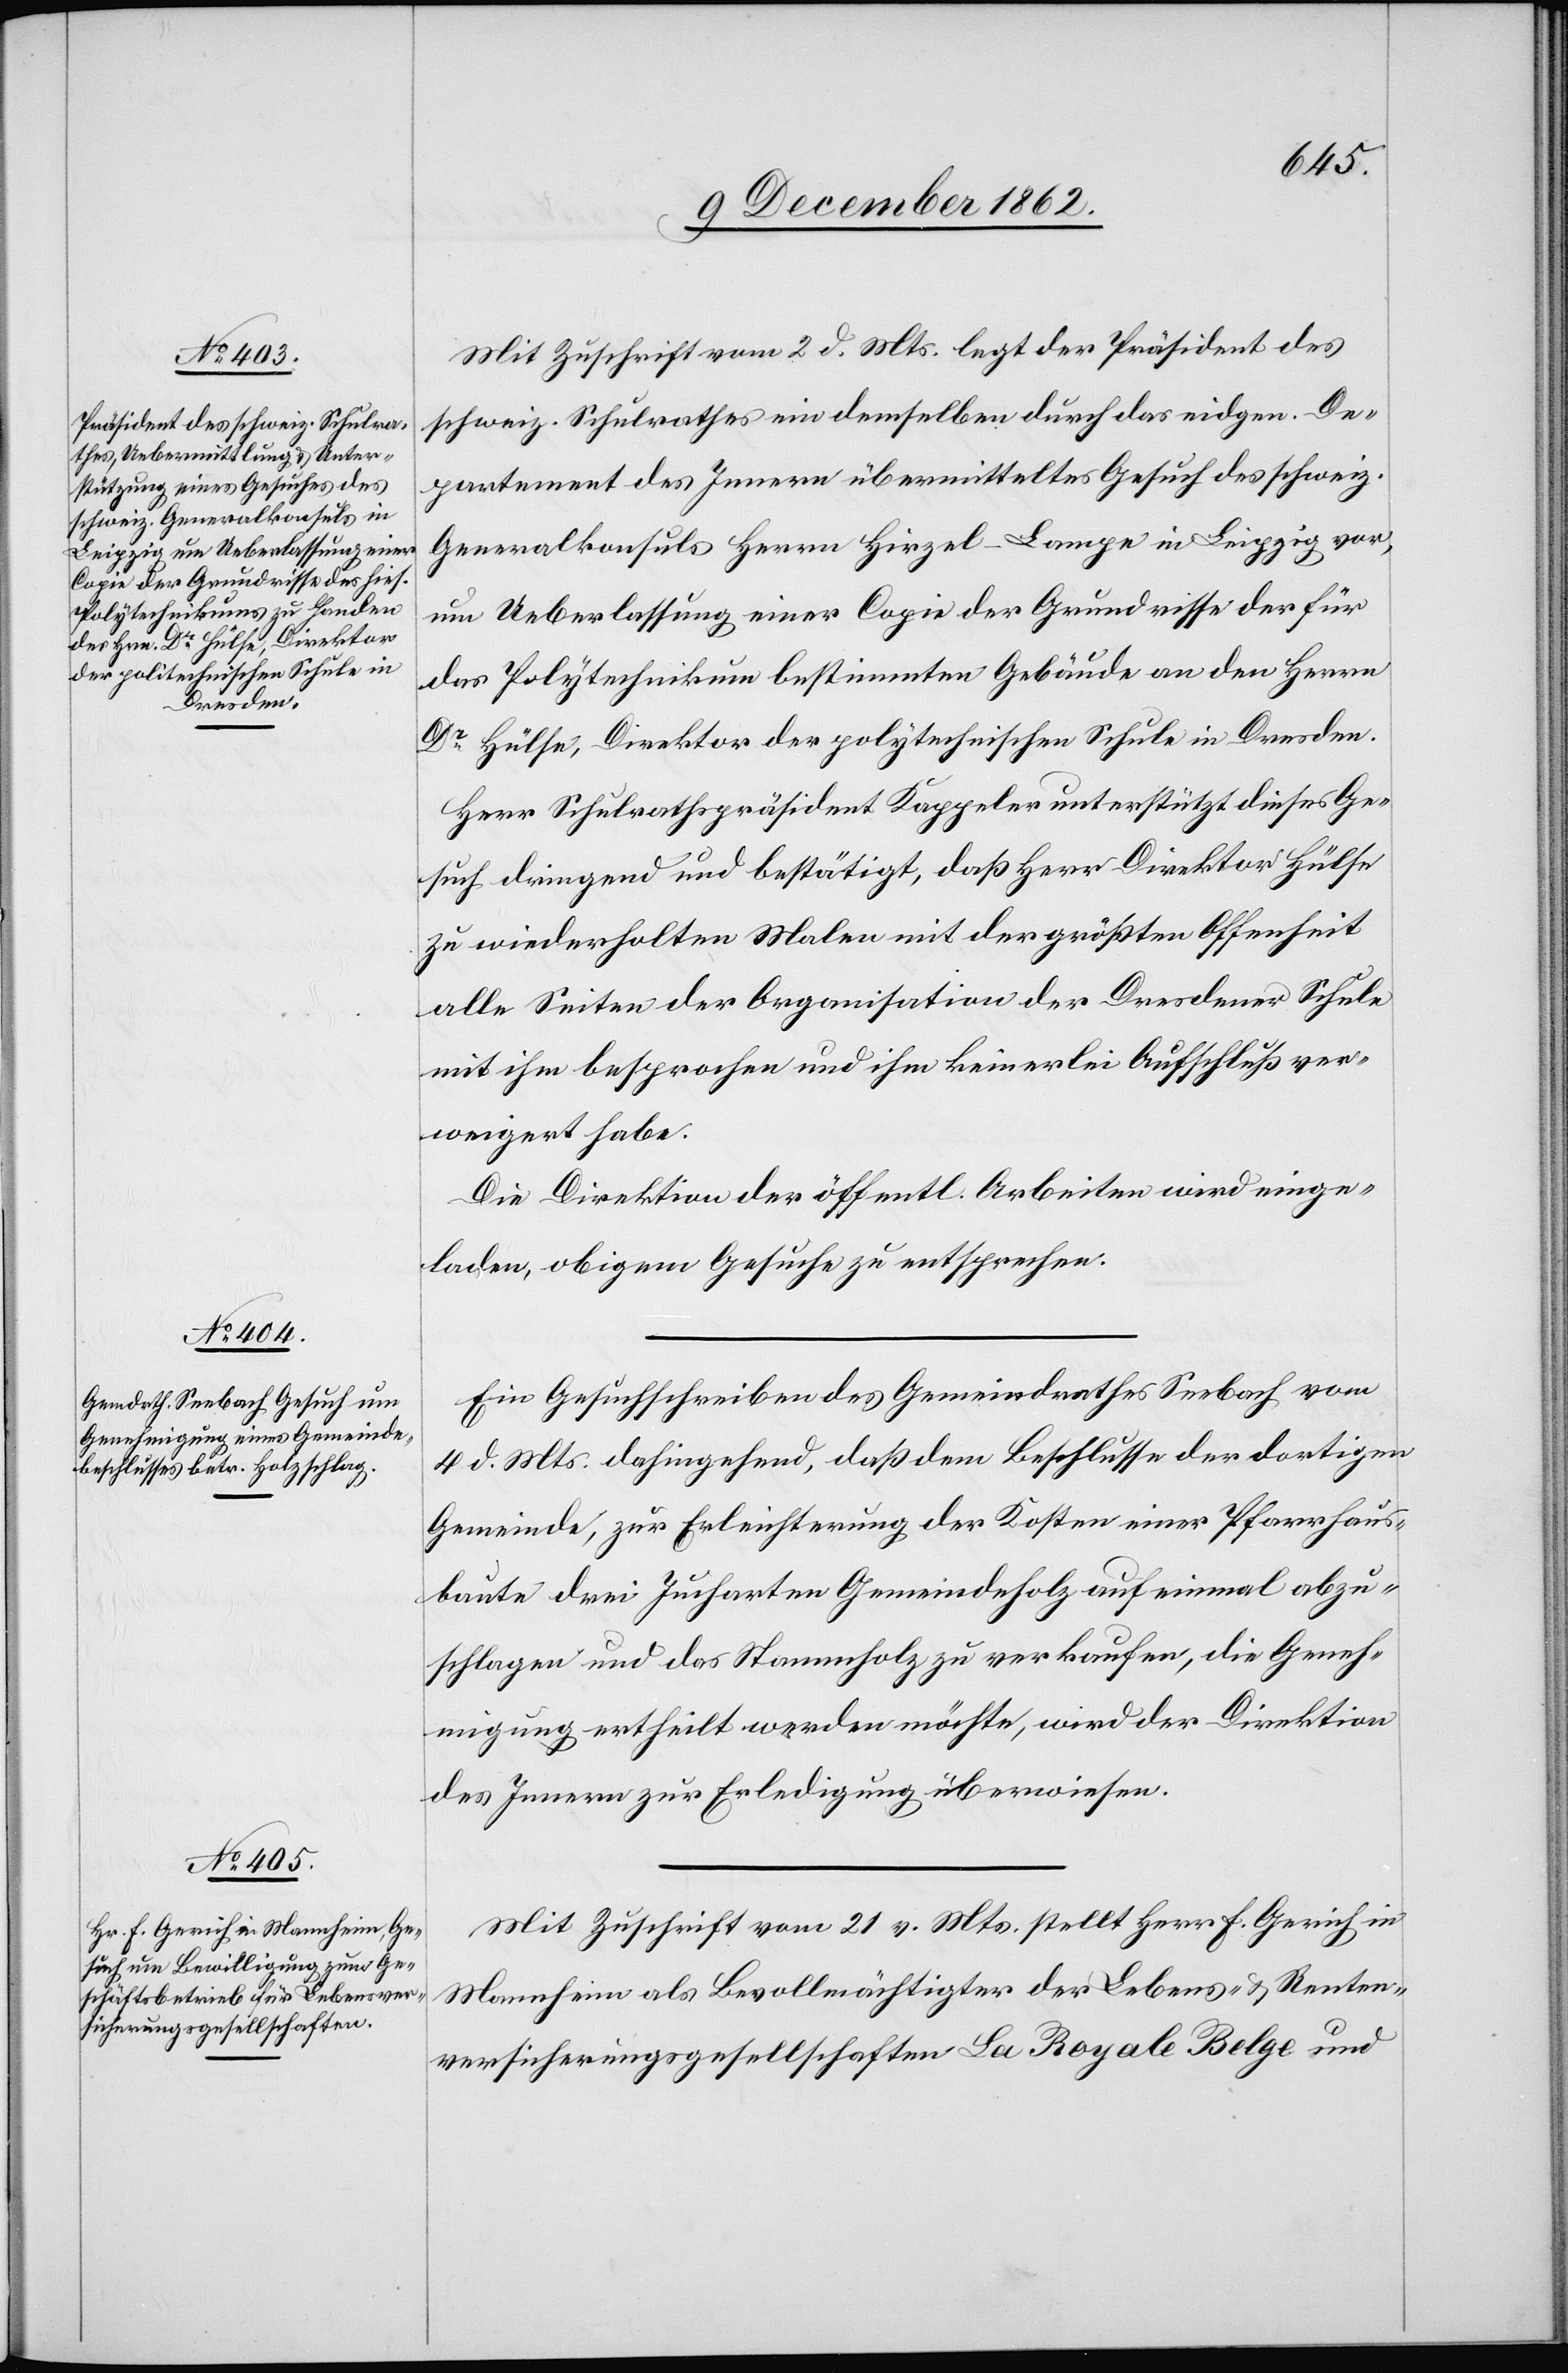
Mit Zuschrift vom 2. d. Mts. legt der Präsident des
schweiz. Schulrathes ein demselben durch das eidgen. De¬
partement des Innern übermitteltes Gesuch des schweiz.
Generalkonsuls Herrn Hirzel-Lampe in Leipzig vor,
um Ueberlassung einer Copie der Grundrisse der für
das Polytechnikum bestimmten Gebäude an den Herrn
Dr Hülfe, Direktor der polytechnischen Schule in Dresden.
Herr Schulrathspräsident Kappeler unterstützt dieses Ge¬
such dringend und bestätigt, daß Herr Direktor Hülfe
zu wiederholten Malen mit der größten Offenheit
alle Seiten der Organisation der Dresdener Schule
mit ihm besprochen und ihm keinerlei Aufschluß ver¬
weigert habe.
Die Direktion der öffentl. Arbeiten wird einge¬
laden, obigem Gesuche zu entsprechen.
Ein Gesuchschreiben des Gemeindrathes Seebach vom
4. d. Mts. dahingehend, daß dem Beschlusse der dortigen
Gemeinde, zur Erleichterung der Kosten einer Pfarrhaus¬
baute drei Jucharten Gemeindeholz auf einmal abzu¬
schlagen und das Stammholz zu verkaufen, die Geneh¬
migung ertheilt werden möchte, wird der Direktion
des Innern zur Erledigung überwiesen.
Mit Zuschrift vom 21. v. Mts. stellt Herr F. Gerich in
Mannheim als Bevollmächtigter der Lebens- u. Renten¬
versicherungsgesellschaften La Royale Belge und